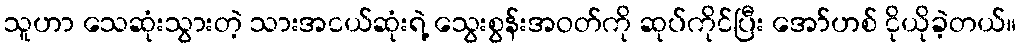
သူဟာ သေဆုံးသွားတဲ့ သားအငယ်ဆုံးရဲ့ သွေးစွန်းအဝတ်ကို ဆုပ်ကိုင်ပြီး အော်ဟစ် ငိုယိုခဲ့တယ်။